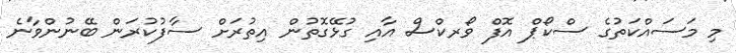
މި މަސައްކަތުގެ ސްކޯޕް އޮފް ވޯރކްސް އާއި ގުޅޭގޮތުން އިތުރަށް ސާފުކުރަން ބޭނުންވާނެ